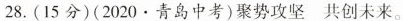
28.(15分)(2020 · 青岛中考)聚势攻坚共创未来。